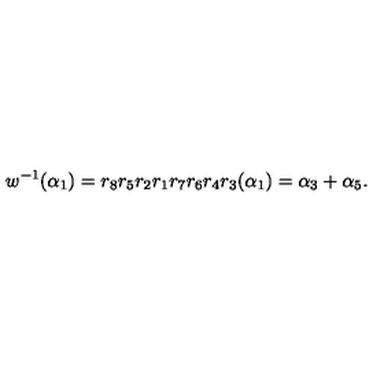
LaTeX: w ^ { - 1 } ( \alpha _ { 1 } ) = r _ { 8 } r _ { 5 } r _ { 2 } r _ { 1 } r _ { 7 } r _ { 6 } r _ { 4 } r _ { 3 } ( \alpha _ { 1 } ) = \alpha _ { 3 } + \alpha _ { 5 } .